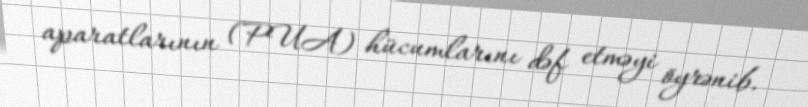
aparatlarının (PUA) hücumlarını dəf etməyi öyrənib.